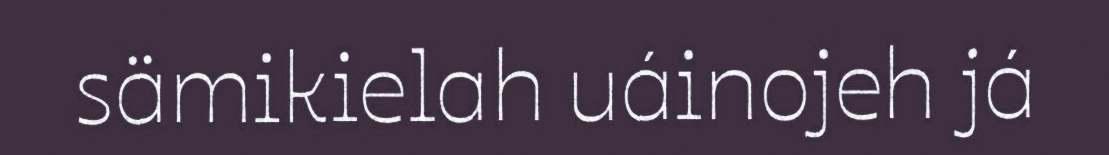
sämikielah uáinojeh já